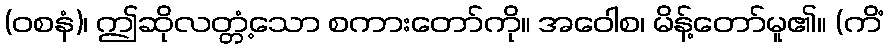
(ဝစနံ)၊ ဤဆိုလတ္တံ့သော စကားတော်ကို။ အဝေါစ၊ မိန့်တော်မူ၏။ (ကိံ